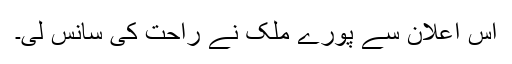
اس اعلان سے پورے ملک نے راحت کی سانس لی۔